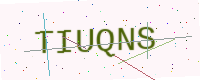
Text: TIUQNS